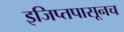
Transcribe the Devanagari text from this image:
इजिप्तपासूनच